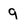
Character: 9